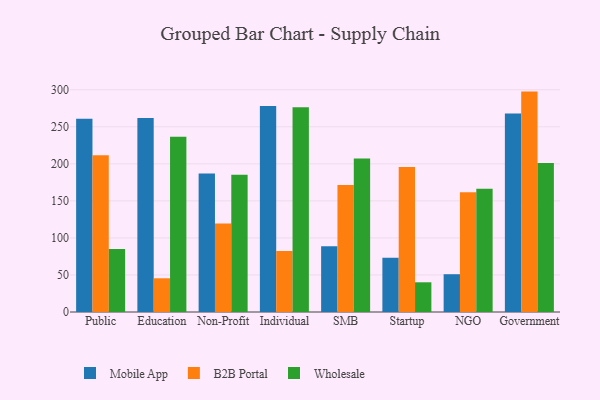
{"axis": {"x": "Segment", "y": "Website Visitors"}, "legend": ["B2B Portal", "Mobile App", "Wholesale"], "data": [{"x": "Public", "y": 260.8, "type": "Mobile App"}, {"x": "Public", "y": 211.5, "type": "B2B Portal"}, {"x": "Public", "y": 85.0, "type": "Wholesale"}, {"x": "Education", "y": 262.0, "type": "Mobile App"}, {"x": "Education", "y": 45.5, "type": "B2B Portal"}, {"x": "Education", "y": 236.6, "type": "Wholesale"}, {"x": "Non-Profit", "y": 187.1, "type": "Mobile App"}, {"x": "Non-Profit", "y": 119.6, "type": "B2B Portal"}, {"x": "Non-Profit", "y": 185.4, "type": "Wholesale"}, {"x": "Individual", "y": 278.1, "type": "Mobile App"}, {"x": "Individual", "y": 82.3, "type": "B2B Portal"}, {"x": "Individual", "y": 276.3, "type": "Wholesale"}, {"x": "SMB", "y": 88.9, "type": "Mobile App"}, {"x": "SMB", "y": 171.3, "type": "B2B Portal"}, {"x": "SMB", "y": 207.1, "type": "Wholesale"}, {"x": "Startup", "y": 73.3, "type": "Mobile App"}, {"x": "Startup", "y": 195.8, "type": "B2B Portal"}, {"x": "Startup", "y": 40.1, "type": "Wholesale"}, {"x": "NGO", "y": 51.0, "type": "Mobile App"}, {"x": "NGO", "y": 161.6, "type": "B2B Portal"}, {"x": "NGO", "y": 166.4, "type": "Wholesale"}, {"x": "Government", "y": 268.0, "type": "Mobile App"}, {"x": "Government", "y": 297.5, "type": "B2B Portal"}, {"x": "Government", "y": 201.2, "type": "Wholesale"}]}